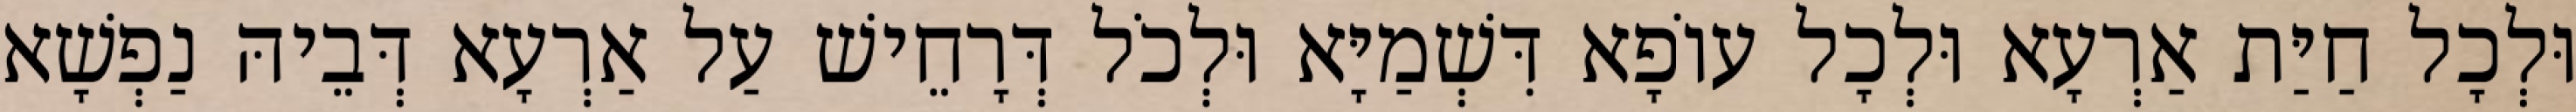
וּלְכָל חַיַּת אַרְעָא וּלְכָל עוֹפָא דִּשְׁמַיָּא וּלְכֹל דְּרָחֵישׁ עַל אַרְעָא דְּבֵיהּ נַפְשָׁא